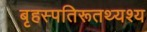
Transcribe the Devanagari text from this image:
बृहस्पतिरूतथ्यश्य